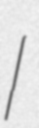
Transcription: I